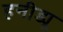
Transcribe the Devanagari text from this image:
हनीड्यू